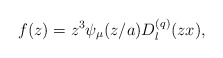
\begin{align*}f(z)=z^3\psi _\mu (z/a)D_l^{(q)}(zx), \end{align*}